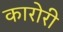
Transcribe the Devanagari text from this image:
कारोरी